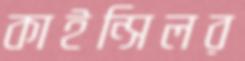
কাইন্সিলর